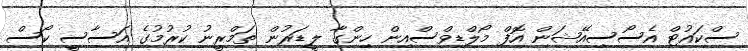
ސްކައުޓް އެސޯސިއޭޝަން އޮފް މޯލްޑިވްސްއިން ހިންގާ ލީޑަރުން ތަމްރީނު ކުރުމުގެ އަސާސީ ކޯސް